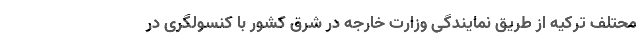
محتلف ترکیه از طریق نمایندگی وزارت خارجه در شرق کشور با کنسولگری در